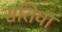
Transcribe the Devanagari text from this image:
सतिवा